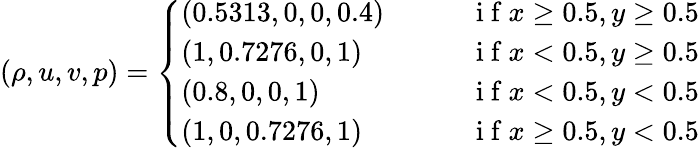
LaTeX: \begin{array}{r}{(\rho,u,v,p)=\left\{ \begin{array}{ll}{(0.5313,0,0,0.4)\qquad}&{\mathrm{~i~f~}x\ge 0.5,y\ge 0.5}\\ {(1,0.7276,0,1)}&{\mathrm{~i~f~}x<0.5,y\ge 0.5}\\ {(0.8,0,0,1)}&{\mathrm{~i~f~}x<0.5,y<0.5}\\ {(1,0,0.7276,1)}&{\mathrm{~i~f~}x\ge 0.5,y<0.5}\end{array}\right.}\end{array}